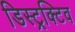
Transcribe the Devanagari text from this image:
डिस्ट्रक्टिव